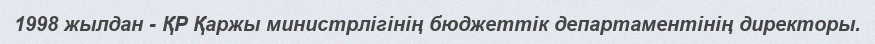
1998 жылдан - ҚР Қаржы министрлігінің бюджеттік департаментінің директоры.